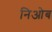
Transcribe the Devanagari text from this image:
निओब